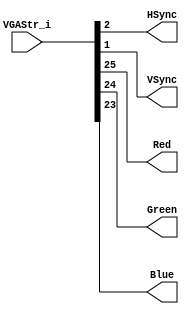
//////////////////////////////////////////////////////////////////////////////////
// Company: University of Alicante
// 
// Module Name:    PxsVGAComp
// Description:    Extract the components of a VGA stream 
//
// Dependencies: 
//
// Revision: 
// Revision 0.01 - File Created 
// 
//
// Additional Comments: based on PixelStream lib from Celoxica Ltd.
//
//	Video Stream notation 
//	- VGA: type of video 640x480 progresive
//  - S: Sync signals HSync, VSync
//	- C: Coordinates XCoord, YCoord	
//	- A: ActiveVideo 
//	- P: Pixel type RGB(1:1:1)/ Gray(3b)	
//////////////////////////////////////////////////////////////////////////////////
module PxsVGAComp (
			input wire [25:0] VGAStr_i,	// Input stream
            output wire      HSync,         // Horizontal sync out
            output wire      VSync,         // Vertical sync out
            output wire      Red,   // RED vga output
            output wire      Green, // GREEN vga output
            output wire      Blue  // BLUE vga output
         );
		 
// alias 
`define Active 0:0
`define VS 1:1
`define HS 2:2
`define YC 12:3
`define XC 22:13
`define B 23:23
`define G 24:24
`define R 25:25
   
    assign HSync = VGAStr_i[`HS];
    assign VSync = VGAStr_i[`VS];
	assign Red = VGAStr_i[`R];
	assign Green = VGAStr_i[`G];
	assign Blue = VGAStr_i[`B];
	
 endmodule